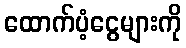
ထောက်ပံ့ငွေများကို